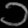
Digit: ၁